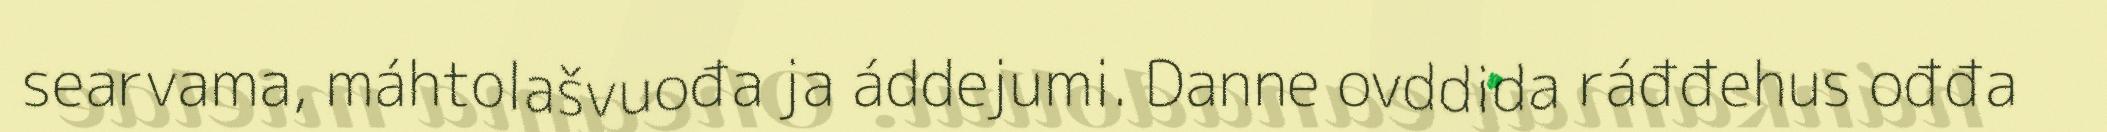
searvama, máhtolašvuođa ja áddejumi. Danne ovddida ráđđehus ođđa